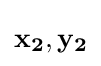
\mathbf {x_{2}} ,\mathbf {y_{2}}